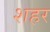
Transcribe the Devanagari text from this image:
शहर